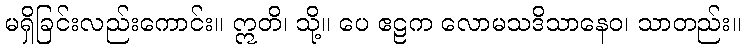
မရှိခြင်းလည်းကောင်း။ ဣတိ၊ သို့။ ပေ ဧဠက လောမသဒိသာနေဝ၊ သာတည်း။